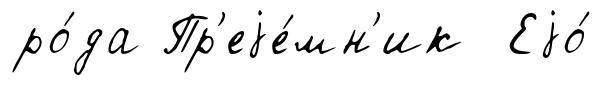
ро́да Пр'еjе́мн'ик Еjо́